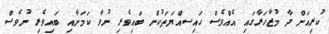
ކުރިއަށް ދާ މުޒާހަރާގައި އެއްވެސް ހައިސއްޔަތަކުން ބައިވެރި ނުވާ ކަމަށާއި ބައިވެރި ނުވެސް